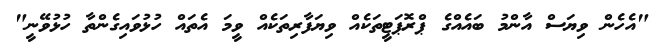
"އެހެން ވިޔަސް އާންމު ބައެއްގެ ޕްރޮޕަޓީތަކެއް ވިޔަފާރިތަކެއް ވީމަ އެތައް ހުޅުވައިގެންތާ ހުޅުވޭނީ"